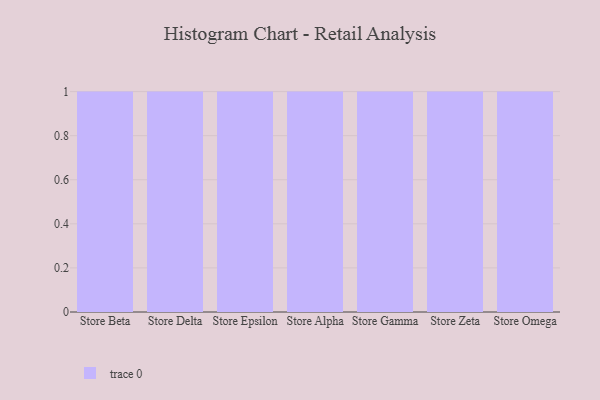
{"axis": {"x": "Store", "y": "Waste Production (Tons)"}, "legend": [""], "data": [{"x": "Store Beta", "y": 78, "type": ""}, {"x": "Store Delta", "y": 76, "type": ""}, {"x": "Store Epsilon", "y": 81, "type": ""}, {"x": "Store Alpha", "y": 3, "type": ""}, {"x": "Store Gamma", "y": 87, "type": ""}, {"x": "Store Zeta", "y": 47, "type": ""}, {"x": "Store Omega", "y": 68, "type": ""}]}